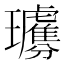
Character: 𤫗